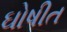
ઘોષીત